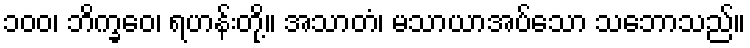
၁၀၀၊ ဘိက္ခဝေ၊ ရဟန်းတို့။ အသာတံ၊ မသာယာအပ်သော သဘောသည်။